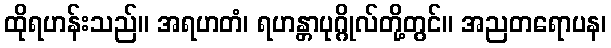
ထိုရဟန်းသည်။ အရဟတံ၊ ရဟန္တာပုဂ္ဂိုလ်တို့တွင်။ အညတရောပန၊